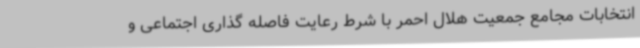
انتخابات مجامع جمعیت هلال احمر با شرط رعایت فاصله گذاری اجتماعی و